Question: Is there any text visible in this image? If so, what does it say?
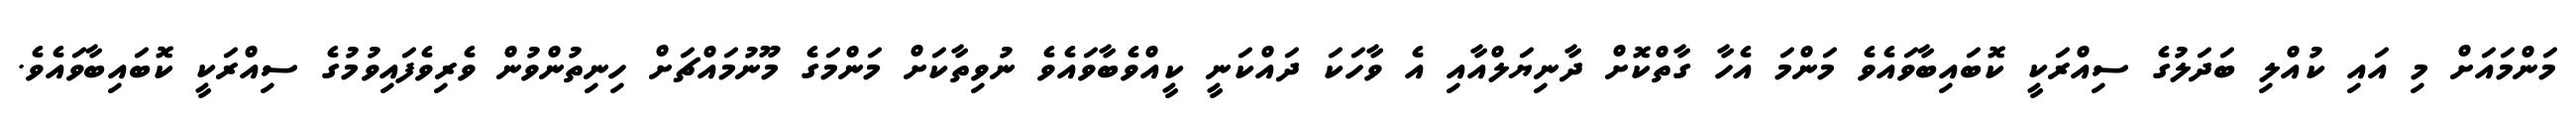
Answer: މަންމައަށް މި އައި ކުއްލި ބަދަލުގެ ސިއްރަކީ ކޮބައިބާވައެވެ މަންމަ އެހާ ގާތްކޮށް ދާނިޔަލްއާއި އެ ވާހަކަ ދައްކަނީ ކީއްވެބާވައެވެ ނުވިތާކަށް މަންމަގެ މޫނުމައްޗަށް ހިނިތުންވުން ވެރިވެފައިވުމުގެ ސިއްރަކީ ކޮބައިބާވައެވެ.